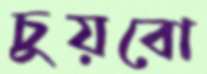
চুয়বো